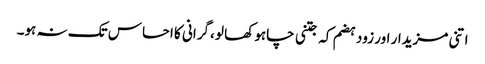
اتنی مزیدار اور زود ہضم کہ جتنی چاہو کھا لو ،گرانی کا احساس تک نہ ہو۔